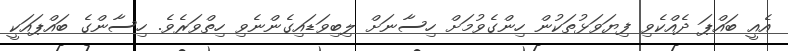
އެއީ ބައްޕަ ދެއްކެވި ފިޔަވަޅުތަކުން ހިންގެވުމަށް ހިސާނަށް ލިބިވަޑައިގެންނެވި ހިތްވަރެވެ. ހިސާންގެ ބައްޕައަކީ